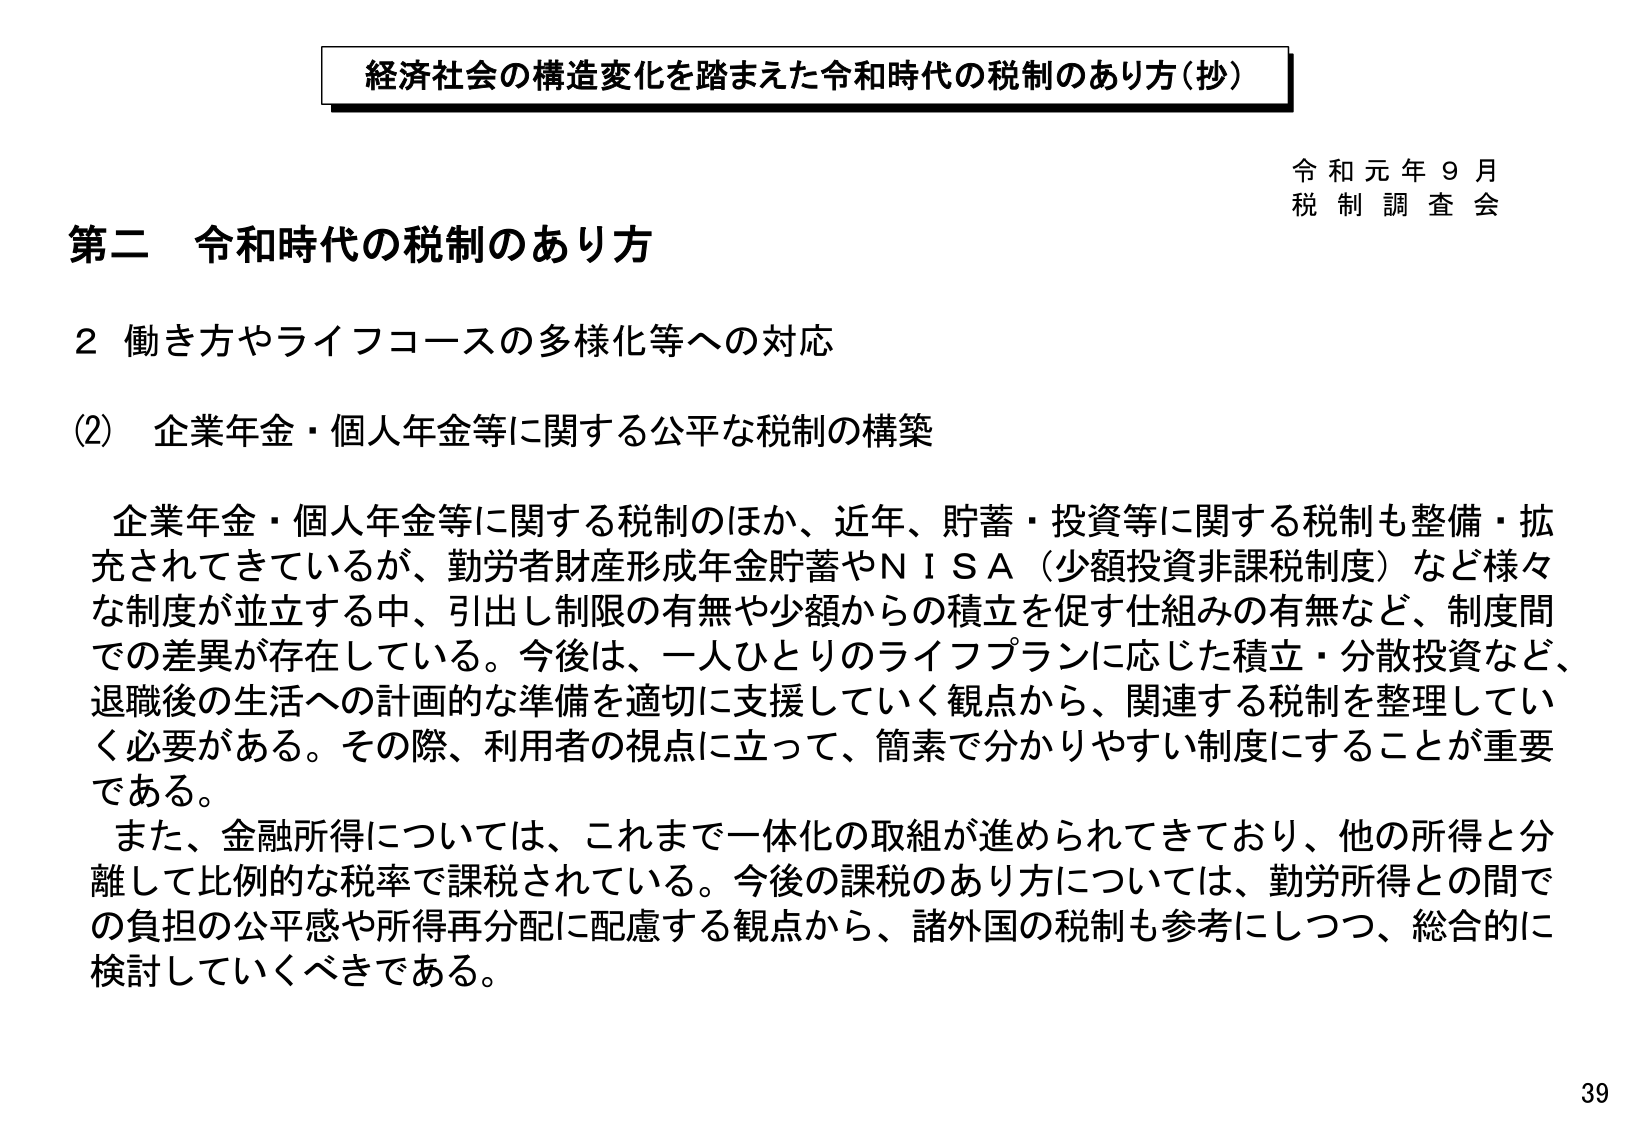
経済社会の構造変化を踏まえた令和時代の税制のあり方（抄）

令和元年９月
税制調査会

第二 令和時代の税制のあり方

２ 働き方やライフコースの多様化等への対応

（2）企業年金・個人年金等に関する公平な税制の構築

企業年金・個人年金等に関する税制のほか、近年、貯蓄・投資等に関する税制も整備・拡充されてきているが、勤労者財産形成年金貯蓄やＮＩＳＡ（少額投資非課税制度）など様々な制度が並立する中、引出し制限の有無や少額からの積立を促す仕組みの有無など、制度間での差異が存在している。今後は、一人ひとりのライフプランに応じた積立・分散投資など、退職後の生活への計画的な準備を適切に支援していく観点から、関連する税制を整理していく必要がある。その際、利用者の視点に立って、簡素で分かりやすい制度にすることが重要である。

また、金融所得については、これまで一体化の取組が進められてきており、他の所得と分離して比例的な税率で課税されている。今後の課税のあり方については、勤労所得との間での負担の公平感や所得再分配に配慮する観点から、諸外国の税制も参考にしつつ、総合的に検討していくべきである。

39